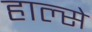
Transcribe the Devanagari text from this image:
हाल्से